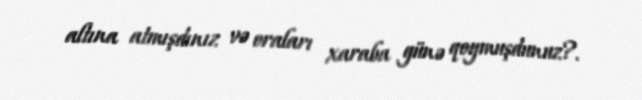
altına atmışdınız və oraları xaraba günə qoymuşdunuz?.